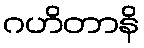
ဂဟိတာနိ